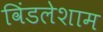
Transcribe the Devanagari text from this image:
विंडलेशाम